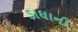
ડાઘાની